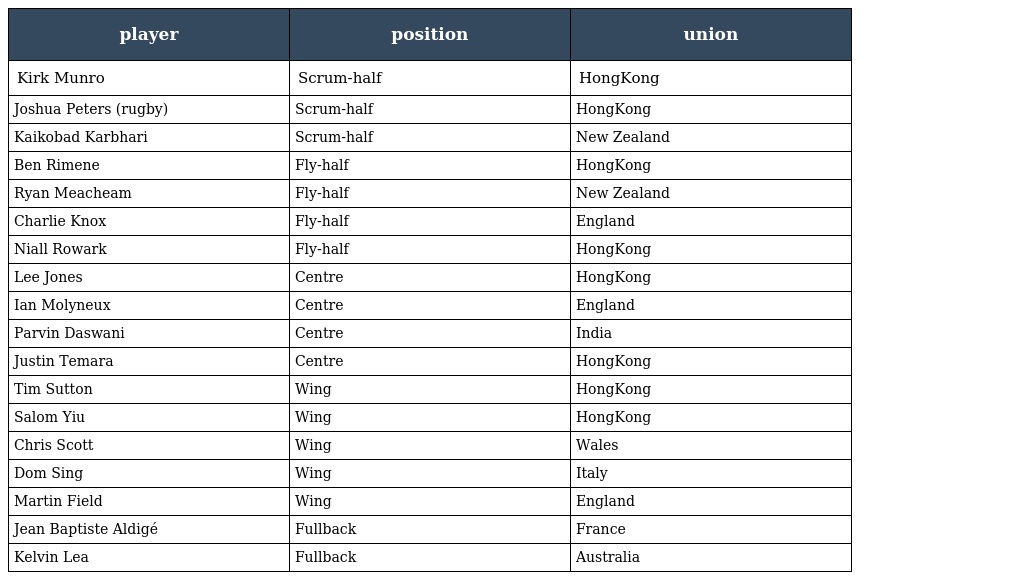
| player | position | union |
 | --- | --- | --- |
 | Kirk Munro | Scrum-half | HongKong |
 | Joshua Peters (rugby) | Scrum-half | HongKong |
 | Kaikobad Karbhari | Scrum-half | New Zealand |
 | Ben Rimene | Fly-half | HongKong |
 | Ryan Meacheam | Fly-half | New Zealand |
 | Charlie Knox | Fly-half | England |
 | Niall Rowark | Fly-half | HongKong |
 | Lee Jones | Centre | HongKong |
 | Ian Molyneux | Centre | England |
 | Parvin Daswani | Centre | India |
 | Justin Temara | Centre | HongKong |
 | Tim Sutton | Wing | HongKong |
 | Salom Yiu | Wing | HongKong |
 | Chris Scott | Wing | Wales |
 | Dom Sing | Wing | Italy |
 | Martin Field | Wing | England |
 | Jean Baptiste Aldigé | Fullback | France |
 | Kelvin Lea | Fullback | Australia |